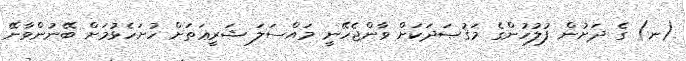
(ނ) ގެ ދަށުން ފުލުހުންގެ މަޤުޞަދަކަށް ވާންޖެހޭނީ މައްސަލަ ޝަރީޢަތަށް ހުށަހެޅުމަށް ބޭނުންވާނޭ